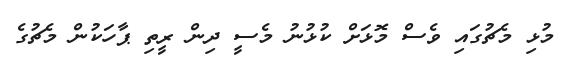
މުޅި މެޗުގައި ވެސް މޮޅަށް ކުޅުނު މެސީ ދިން ރީތި ޕާހަކުން މެޗުގެ